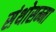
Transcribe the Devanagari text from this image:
संथोसम्मा